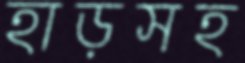
হাড়সহ